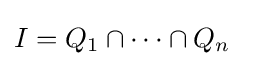
I=Q_{1}\cap \cdots \cap Q_{n}\